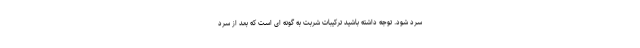
سرد شود. توجه داشته باشید ترکیبات شربت به گونه ای است که بعد از سرد